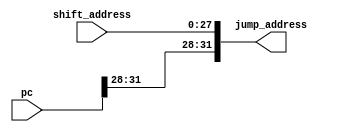
// Eric Sullivan and Elizabeth Williard
// 11/16/2019
// Concat

module concat(

	input [27:0] shift_address,
	input [31:0] pc,
	output reg [31:0] jump_address);
	
	always @* begin
	
	
		jump_address = { pc[31:28], shift_address[27:0]};
		
	end
	
endmodule